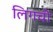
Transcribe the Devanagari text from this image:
लिगची